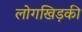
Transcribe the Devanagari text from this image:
लोगखिड़की